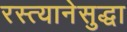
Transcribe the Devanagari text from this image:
रस्त्यानेसुद्धा